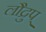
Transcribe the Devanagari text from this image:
लौद्रुप्